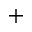
^ +